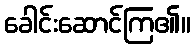
ခေါင်းဆောင်ကြ၏။